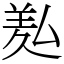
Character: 㕗